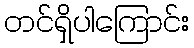
တင်ရှိပါကြောင်း